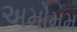
અમોમમ